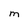
Character: M